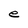
Character: e